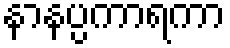
နာနပ္ပကာရကာ